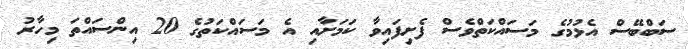
ސަބްބޭސް އެޅުމުގެ މަސައްކަތްވެސް ފެށިފައިވާ ކަމަށާއި އެ މަސައްކަތުގެ 20 އިންސައްތަ މިހާރު